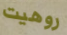
روهيت